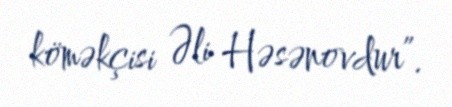
köməkçisi Əli Həsənovdur”.